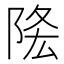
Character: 𨹠